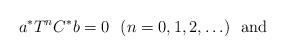
LaTeX: \begin{align*}a^*T^nC^*b=0\ \ (n=0,1,2,\ldots) \ \ \mbox{and}\end{align*}